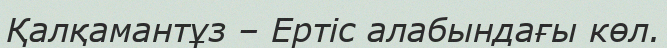
Қалқамантұз – Ертіс алабындағы көл.